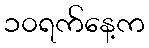
၁၀ရက်နေ့က